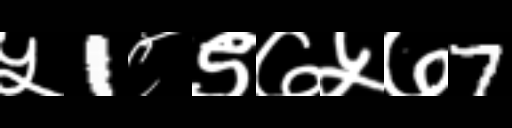
Text: ५1८९७५७7